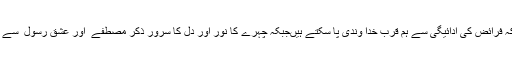
انہوں نے کہا کہ فرائض کی ادائیگی سے ہم قرب خدا وندی پا سکتے ہیںجبکہ چہرے کا نور اور دل کا سرور ذکر مصطفےٰ ۖ اور عشقِ رسول ۖ سے ہی ممکن ہے ۔